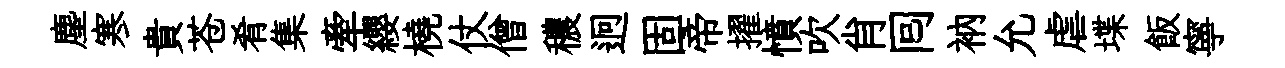
塵寒貴苍肴集牽纓橈仗僧穠迥固帝擢憤吹肖囘衲允虐堞飯寧